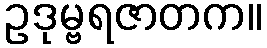
ဥဒုမ္ဗရဇာတက။